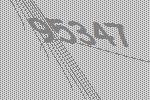
95347